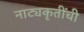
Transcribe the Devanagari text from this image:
नाट्यकृतींची